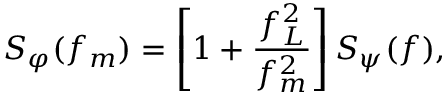
S _ { \varphi } ( f _ { m } ) = \left[ 1 + \frac { f _ { L } ^ { 2 } } { f _ { m } ^ { 2 } } \right] S _ { \psi } ( f ) ,